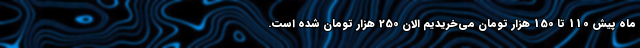
ماه پیش 110 تا 150 هزار تومان می‌خریدیم الان 250 هزار تومان شده است.